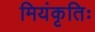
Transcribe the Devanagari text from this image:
मियंकृतिः